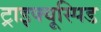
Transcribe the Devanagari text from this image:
ट्राइक्यूस्पिड